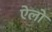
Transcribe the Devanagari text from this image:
ऐलो